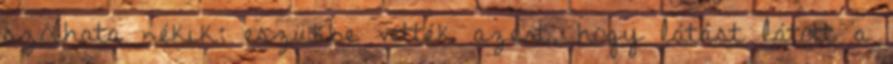
szólhata nékik; eszükbe vették azért, hogy látást látott a